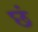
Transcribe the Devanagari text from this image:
छं